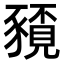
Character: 𮙤